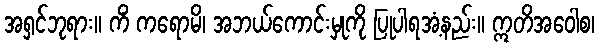
အရှင်ဘုရား။ ကိံ ကရောမိ၊ အဘယ်ကောင်းမှုကို ပြုပါရအံ့နည်း။ ဣတိအဝေါစ၊